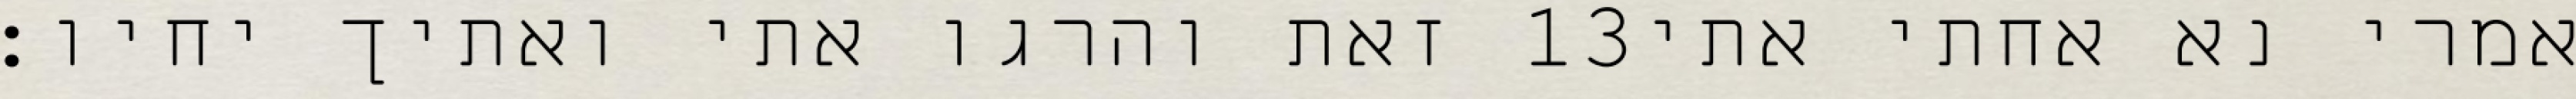
זאת והרגו אתי ואתיך יחיו׃ ‎13‏ אמרי נא אחתי אתי